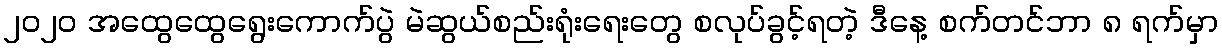
၂၀၂၀ အထွေထွေရွေးကောက်ပွဲ မဲဆွယ်စည်းရုံးရေးတွေ စလုပ်ခွင့်ရတဲ့ ဒီနေ့ စက်တင်ဘာ ၈ ရက်မှာ